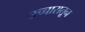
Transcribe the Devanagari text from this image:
उच्चारातून